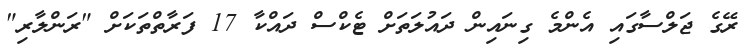
ރޭގެ ޖަލްސާގައި އެންމެ ގިނައިން ދައުލަތަށް ޓެކްސް ދައްކާ 17 ފަރާތްތަކަށް "ރަންލާރި"